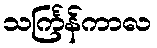
သင်္ကြန်ကာလ